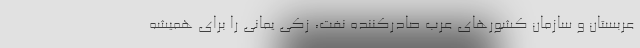
عربستان و سازمان کشورهای عرب صادرکننده نفت، زکی یمانی را برای همیشه